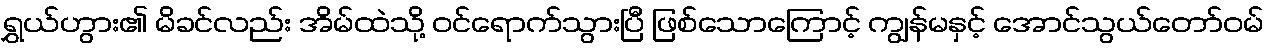
ရွှယ်ဟွား၏ မိခင်လည်း အိမ်ထဲသို့ ဝင်ရောက်သွားပြီ ဖြစ်သောကြောင့် ကျွန်မနှင့် အောင်သွယ်တော်ဝမ်